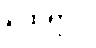
ထေရာပိ